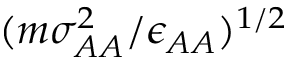
( m \sigma _ { A A } ^ { 2 } / \epsilon _ { A A } ) ^ { 1 / 2 }